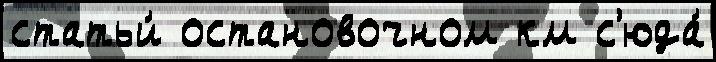
статьи́ остановочном км с'юда́